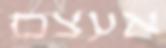
אעצם